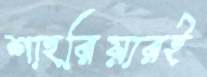
শাহরিয়ারই